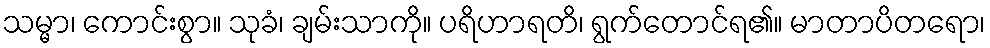
သမ္မာ၊ ကောင်းစွာ။ သုခံ၊ ချမ်းသာကို။ ပရိဟာရတိ၊ ရွက်တောင်ရ၏။ မာတာပိတရော၊